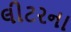
લીટરના